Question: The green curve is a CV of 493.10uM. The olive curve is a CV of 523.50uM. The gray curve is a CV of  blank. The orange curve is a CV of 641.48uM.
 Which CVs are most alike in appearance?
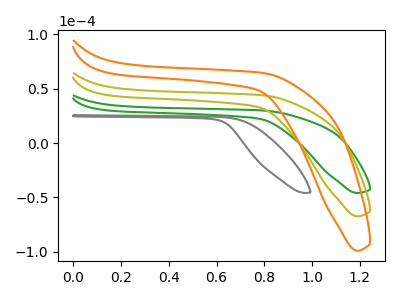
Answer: <think>The green curve "493.10uM" has no peaks. The olive curve "523.50uM" has no peaks. The gray curve " blank" has no peaks. The orange curve "641.48uM" has no peaks.
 Neither "493.10uM" or "523.50uM" have any peaks. Neither "493.10uM" or " blank" have any peaks. Neither "493.10uM" or "641.48uM" have any peaks. Neither "523.50uM" or " blank" have any peaks. Neither "523.50uM" or "641.48uM" have any peaks. Neither " blank" or "641.48uM" have any peaks.</think>
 <answer>"493.10uM", "523.50uM", " blank" and "641.48uM" have the same shape and are likely CV's of the same chemical.</answer>
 <eval>"493.10uM" "523.50uM" " blank" "641.48uM"</eval>